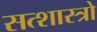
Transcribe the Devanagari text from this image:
सत्शास्त्रो